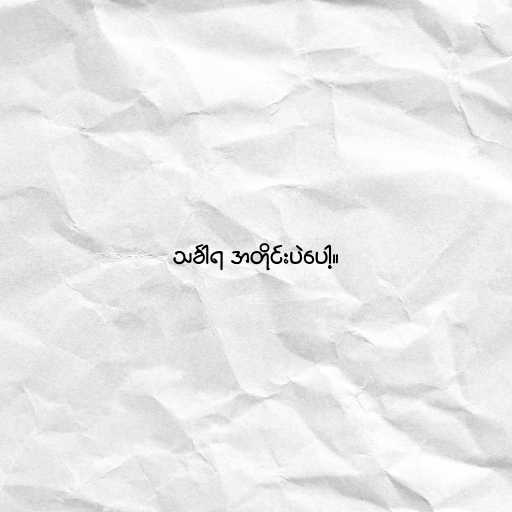
သင်္ခါရ အတိုင်းပဲပေါ့။